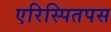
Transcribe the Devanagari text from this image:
एरिस्पितपस